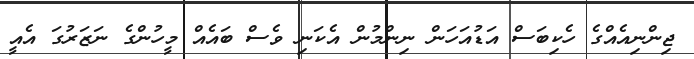
ޖިންނިއެއްގެ ހެކިބަސް އަޑުއަހަން ނިންމުން އެކަނި ވެސް ބައެއް މީހުންގެ ނަޒަރުގަ އެއީ